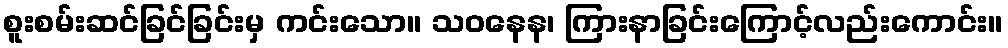
စူးစမ်းဆင်ခြင်ခြင်းမှ ကင်းသော။ သဝနေန၊ ကြားနာခြင်းကြောင့်လည်းကောင်း။